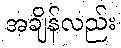
အချိန်လည်း